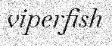
viperfish